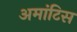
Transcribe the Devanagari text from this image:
अमांटिस